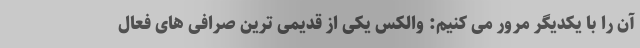
آن را با یکدیگر مرور می کنیم: والکس یکی از قدیمی ترین صرافی های فعال